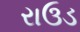
રાઉડ